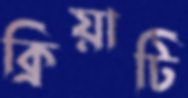
ক্রিয়াটি